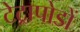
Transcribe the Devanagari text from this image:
टेट्रापोडों